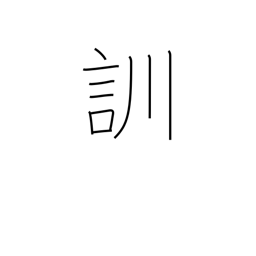
Meaning: read